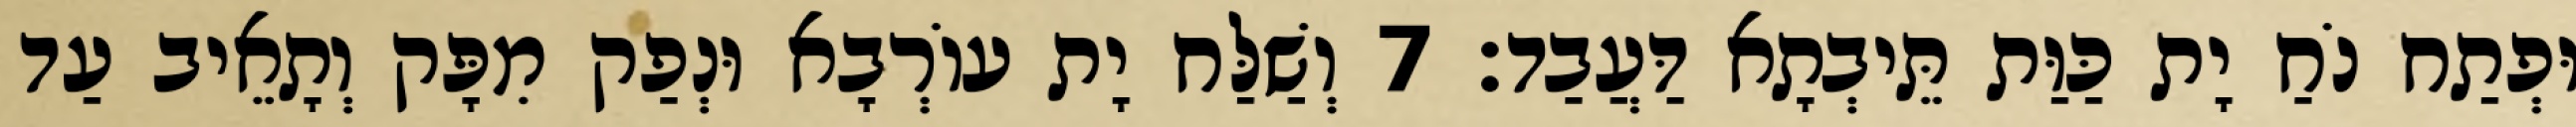
וּפְתַח נֹחַ יָת כַּוַּת תֵּיבְתָא דַּעֲבַד׃ 7 וְשַׁלַּח יָת עוֹרְבָא וּנְפַק מִפָּק וְתָאֵיב עַד